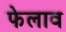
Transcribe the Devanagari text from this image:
फेलाव